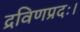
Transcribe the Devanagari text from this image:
द्रविणप्रदः।